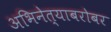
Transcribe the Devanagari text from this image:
अभिनेत्याबरोबर